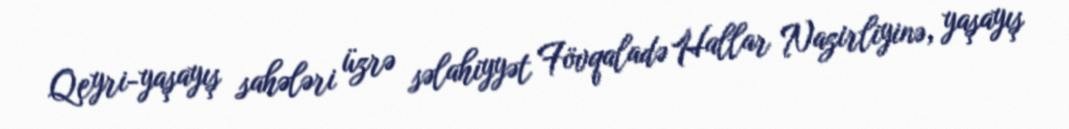
Qeyri-yaşayış sahələri üzrə səlahiyyət Fövqaladə Hallar Nazirliyinə, yaşayış